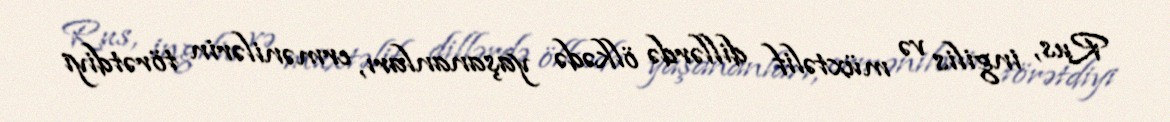
Rus, ingilis və müxtəlif dillərdə ölkədə yaşananları, ermənilərin törətdiyi